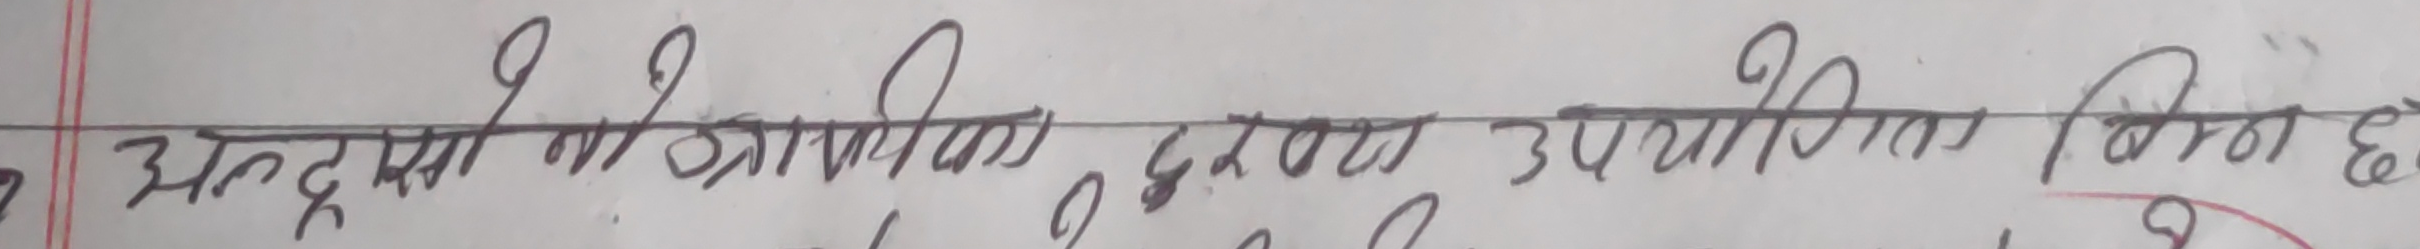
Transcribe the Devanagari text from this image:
अन्त्यसा को आवधिक छर्रा उपयोगिता निम्न छ ।